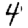
Digit: 4